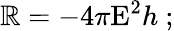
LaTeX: \mathbb{R}=-4\pi\mathrm{{E}}^{2}h\ ;